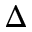
\Delta